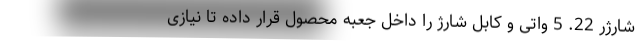
شارژر 22. 5 واتی و کابل شارژ را داخل جعبه محصول قرار داده تا نیازی